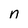
Character: n